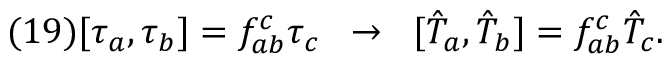
( 1 9 ) [ \tau _ { a } , \tau _ { b } ] = f _ { a b } ^ { c } \tau _ { c } \; \; \rightarrow \; \; [ \hat { T } _ { a } , \hat { T } _ { b } ] = f _ { a b } ^ { c } \hat { T } _ { c } .